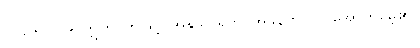
၁၁၁+၁၁၂+ ဣတိ၊ ဤသို့။ အနုဿရတိ၊ အဖန်တလဲလဲအောက်မေ့၏။